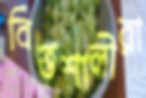
বিত্তশালীরা